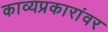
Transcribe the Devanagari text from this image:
काव्यप्रकारांवर